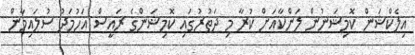
އިލެކްޝަން ކޮމިޝަނުން ލަންކާއަށް ކުރާ މި ދަތުރުގައި ކޮމިޝަންގެ ރައީސް އަހުމަދު ސުލައިމާން